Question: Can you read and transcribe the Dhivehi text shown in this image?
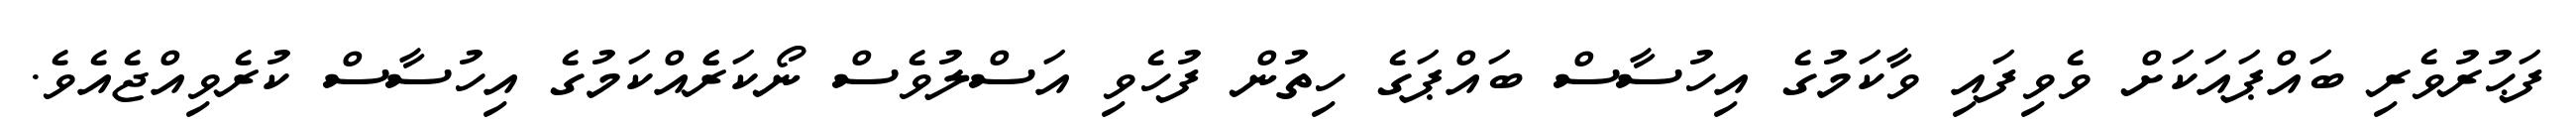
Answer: ފަޙުރުވެރި ބައްޕައަކަށް ވެވިފައި ވާކަމުގެ އިހުސާސް ބައްޕަގެ ހިތުން ފުހެވި އަސްލުވެސް ނޯކަރެެއްކަމުގެ އިހުސާސް ކުރެވިއްޖެއެވެ.